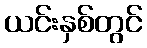
ယင်းနှစ်တွင်